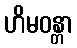
ဟိမဝန္တာ